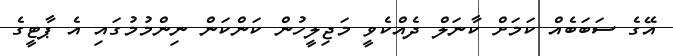
އޭގެ ސަބަބެއް ކަމަށް ކާނަލް ދެއްކެވީ މަޖިލީހުން ކަންކަން ނިންމުމުގައި އެ ޕާޓީގެ